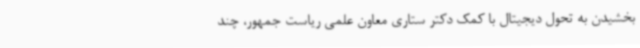
بخشیدن به تحول دیجیتال با کمک دکتر ستاری معاون علمی ریاست جمهور، چند